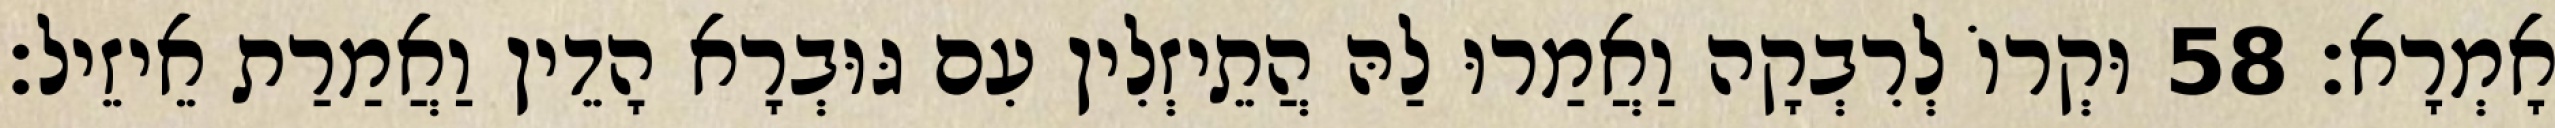
אָמְרָא׃ 58 וּקְרוֹ לְרִבְקָה וַאֲמַרוּ לַהּ הֲתֵיזְלִין עִם גּוּבְרָא הָדֵין וַאֲמַרַת אֵיזֵיל׃